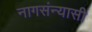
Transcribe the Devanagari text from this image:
नागसंन्यासी